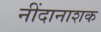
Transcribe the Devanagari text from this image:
नींदानाशक